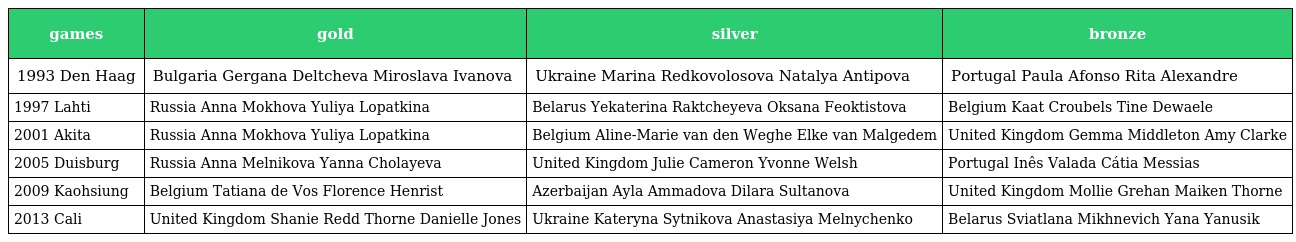
| games | gold | silver | bronze |
 | --- | --- | --- | --- |
 | 1993 Den Haag | Bulgaria Gergana Deltcheva Miroslava Ivanova | Ukraine Marina Redkovolosova Natalya Antipova | Portugal Paula Afonso Rita Alexandre |
 | 1997 Lahti | Russia Anna Mokhova Yuliya Lopatkina | Belarus Yekaterina Raktcheyeva Oksana Feoktistova | Belgium Kaat Croubels Tine Dewaele |
 | 2001 Akita | Russia Anna Mokhova Yuliya Lopatkina | Belgium Aline-Marie van den Weghe Elke van Malgedem | United Kingdom Gemma Middleton Amy Clarke |
 | 2005 Duisburg | Russia Anna Melnikova Yanna Cholayeva | United Kingdom Julie Cameron Yvonne Welsh | Portugal Inês Valada Cátia Messias |
 | 2009 Kaohsiung | Belgium Tatiana de Vos Florence Henrist | Azerbaijan Ayla Ammadova Dilara Sultanova | United Kingdom Mollie Grehan Maiken Thorne |
 | 2013 Cali | United Kingdom Shanie Redd Thorne Danielle Jones | Ukraine Kateryna Sytnikova Anastasiya Melnychenko | Belarus Sviatlana Mikhnevich Yana Yanusik |